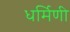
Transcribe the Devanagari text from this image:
धर्मिणी